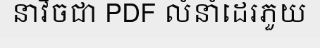
នាវិចជា PDF លំនាំដេរភួយ